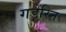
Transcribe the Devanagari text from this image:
गड़ेरिन